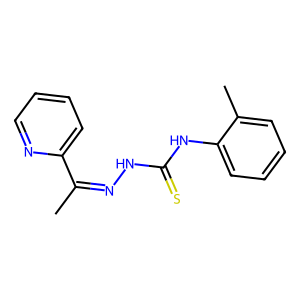
SMILES: CC(=NNC(=S)Nc1ccccc1C)c1ccccn1
Inhibits HIV replication: No